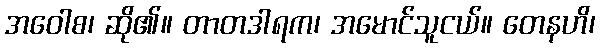
အဝေါစ၊ ဆို၏။ တာတဒါရက၊ အမောင်သူငယ်။ တေနဟိ၊